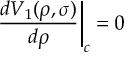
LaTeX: \left. \frac { d V _ { 1 } ( \rho , \sigma ) } { d \rho } \right| _ { c } = 0